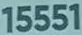
15551